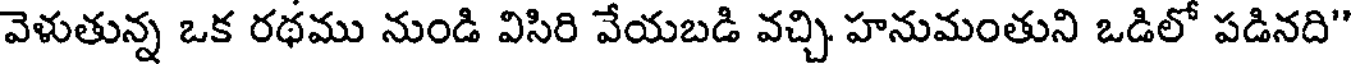
వెళుతున్న ఒక రథము నుండి విసిరి వేయబడి వచ్చి హనుమంతుని ఒడిలో పడినది"